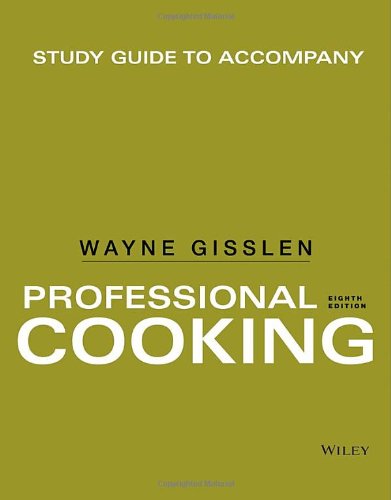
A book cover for Study Guide to accompany Professional Cooking; Wayne Gisslen; Cookbooks, Food & Wine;